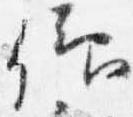
仰